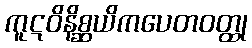
ကူဋဝိနိစ္ဆယိကပေတဝတ္ထု